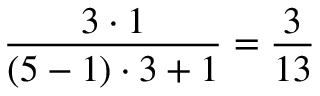
\frac { 3 \cdot 1 } { ( 5 - 1 ) \cdot 3 + 1 } = \frac { 3 } { 1 3 }